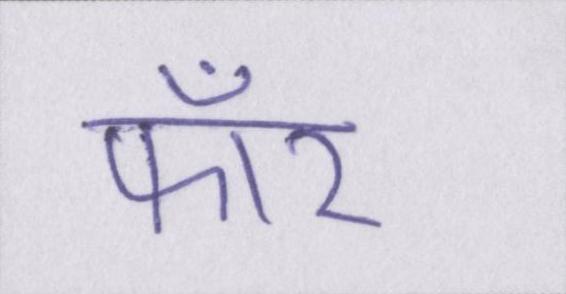
फॉर